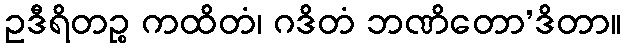
ဥဒီရိတဉ္စ ကထိတံ၊ ဂဒိတံ ဘဏိတော’ဒိတာ။